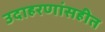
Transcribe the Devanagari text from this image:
उदाहरणांसहीत